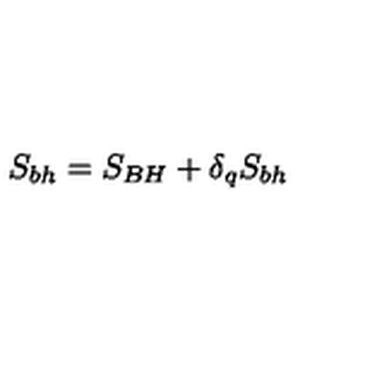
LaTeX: S _ { b h } = S _ { B H } + \delta _ { q } S _ { b h }